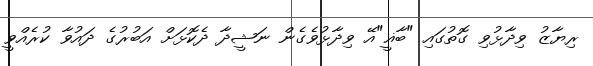
ރިޔާޒު ވިދާޅުވި ގޮތުގައި "ބާޣީ"އޭ ވިދާޅުވެގެން ނަޝީދާ ދެކޮޅަށް އަބުރުގެ ދައުވާ ކުރެއްވީ